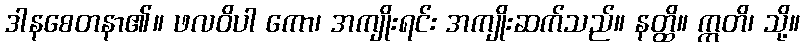
ဒါနစေတနာ၏။ ဖလဝိပါ ကော၊ အကျိုးရင်း အကျိုးဆက်သည်။ နတ္ထိ။ ဣတိ၊ သို့။